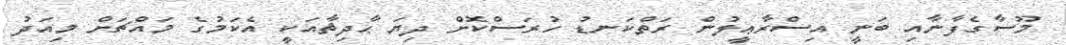
މޫސާގެފާނާއި ބަނީ އިސްރާޢީލުން ރަތްކަނޑު ހުރަސްކޮށް ދިޔަ ޙާދިޘާއަކީ އެކަމުގެ މައްޗަށް މިއަދު